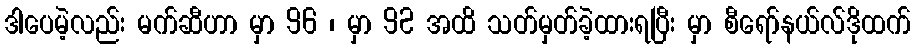
ဒါပေမဲ့လည်း မက်ဆီဟာ မှာ 96 ၊ မှာ 92 အထိ သတ်မှတ်ခဲ့ထားရပြီး မှာ စီရော်နယ်လ်ဒိုထက်